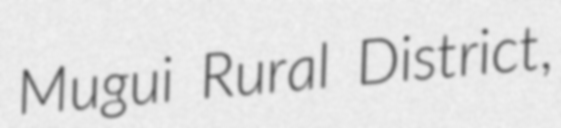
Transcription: Mugui Rural District,